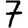
Digit: 7